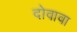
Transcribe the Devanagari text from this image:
दोवावा